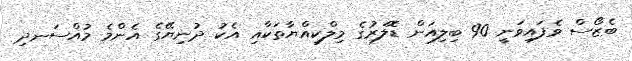
ބެޒޯސް ވެފައިވަނީ 90 ބިލިއަން ޑޮލަރުގެ މިލްކިއްޔާތަކާއި އެކު ދުނިޔޭގެ އެންމެ މުއްސަނދި